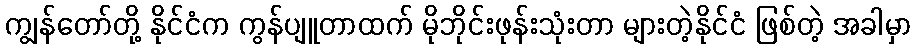
ကျွန်တော်တို့ နိုင်ငံက ကွန်ပျူတာထက် မိုဘိုင်းဖုန်းသုံးတာ များတဲ့နိုင်ငံ ဖြစ်တဲ့ အခါမှာ